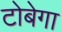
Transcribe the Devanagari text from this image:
टोबेगा